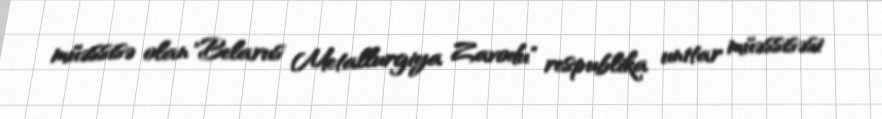
müəssisə olan "Belarus Metallurgiya Zavodu" respublika unitar müəssisəsi